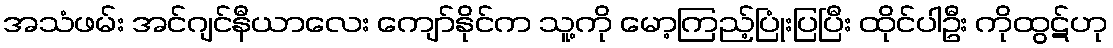
အသံဖမ်း အင်ဂျင်နီယာလေး ကျော်နိုင်က သူ့ကို မော့ကြည့်ပြုံးပြပြီး ထိုင်ပါဦး ကိုထွဋ်ဟု